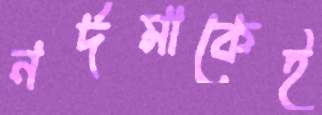
নর্দমাকেই